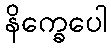
နိက္ခေပေါ